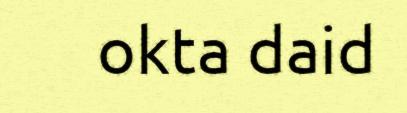
okta daid